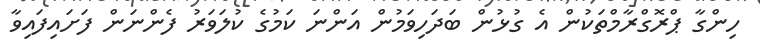
ހިންގާ ޕްރޮގްރާމްތަކުން އެ ގުޅުން ބަދަހިވަމުން އަންނަ ކަމުގެ ކުލަވަރު ފެންނަން ފަށައިފައިވާ